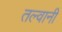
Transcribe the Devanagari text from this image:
तल्वानी